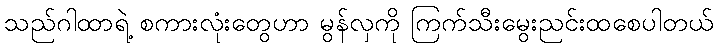
သည်ဂါထာရဲ့ စကားလုံးတွေဟာ မွန်လှကို ကြက်သီးမွေးညင်းထစေပါတယ်